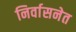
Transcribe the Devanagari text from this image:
निर्वासनेत